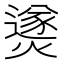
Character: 㸂